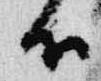
候